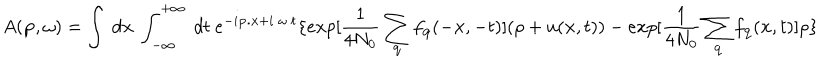
A ( { \bf { p } } , \omega ) = \int \mathrm { ~ } { d { \bf { x } } } \mathrm { ~ } \int _ { - \infty } ^ { + \infty } \mathrm { ~ } d t \mathrm { ~ } e ^ { - i { \bf { p . x } } + i \mathrm { ~ } \omega \mathrm { ~ } t } \{ e x p [ \frac { 1 } { 4 N _ { 0 } } \sum _ { { \bf { q } } } f _ { { \bf { q } } } ( - { \bf { x } } , - t ) ] ( \rho + u ( { \bf { x } } , t ) ) - e x p [ \frac { 1 } { 4 N _ { 0 } } \sum _ { { \bf { q } } } f _ { { \bf { q } } } ( { \bf { x } } , t ) ] \rho \}